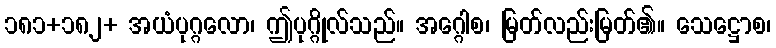
၁၈၁+၁၈၂+ အယံပုဂ္ဂလော၊ ဤပုဂ္ဂိုလ်သည်။ အဂ္ဂေါစ၊ မြတ်လည်းမြတ်၏။ သေဋ္ဌောစ၊